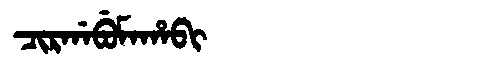
Manchu: ᠴᡳᡵᡤᠠᠪᡠᠮᠠᡥᠠᠪᡳ
Romanization: CIRGABUMAHABI